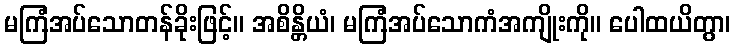
မကြံအပ်သောတန်ခိုးဖြင့်။ အစိန္တိယံ၊ မကြံအပ်သောကံအကျိုးကို။ ပေါထယိတွာ၊